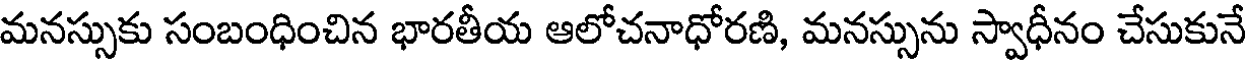
మనస్సుకు సంబంధించిన భారతీయ ఆలోచనాధోరణి, మనస్సును స్వాధీనం చేసుకునే